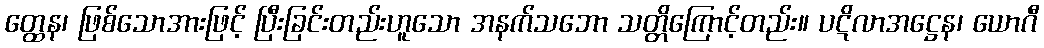
တ္ထေန၊ ဖြစ်သောအားဖြင့် ပြီးခြင်းတည်းဟူသော အနက်သဘော သတ္တိကြောင့်တည်း။ ပဋိလာအဋ္ဌေန၊ ယောဂီ